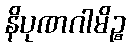
နိပုဏဂါမိဉ္စ